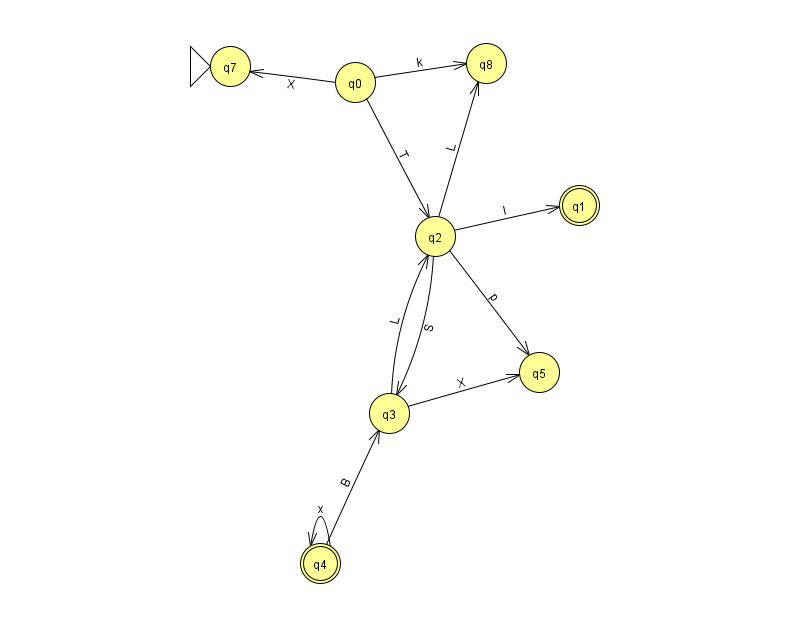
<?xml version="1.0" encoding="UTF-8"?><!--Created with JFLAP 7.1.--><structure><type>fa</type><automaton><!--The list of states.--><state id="0" name="q0"><x>355.0</x><y>69.0</y></state><state id="1" name="q1"><x>579.0</x><y>192.0</y><final/></state><state id="2" name="q2"><x>435.0</x><y>223.0</y></state><state id="3" name="q3"><x>389.0</x><y>400.0</y></state><state id="4" name="q4"><x>320.0</x><y>550.0</y><final/></state><state id="5" name="q5"><x>539.0</x><y>359.0</y></state><state id="7" name="q7"><x>230.0</x><y>53.0</y><initial/></state><state id="8" name="q8"><x>486.0</x><y>50.0</y></state><!--The list of transitions.--><transition><from>2</from><to>3</to><read>S</read></transition><transition><from>2</from><to>1</to><read>I</read></transition><transition><from>2</from><to>8</to><read>L</read></transition><transition><from>3</from><to>5</to><read>X</read></transition><transition><from>0</from><to>8</to><read>k</read></transition><transition><from>4</from><to>4</to><read>x</read></transition><transition><from>4</from><to>3</to><read>B</read></transition><transition><from>0</from><to>2</to><read>T</read></transition><transition><from>0</from><to>7</to><read>X</read></transition><transition><from>2</from><to>5</to><read>p</read></transition><transition><from>3</from><to>2</to><read>L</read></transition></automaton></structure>